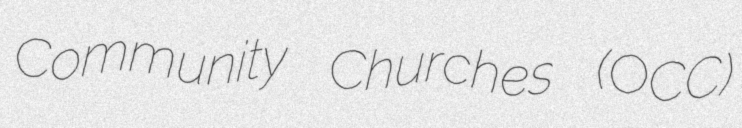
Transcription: Community Churches (OCC)